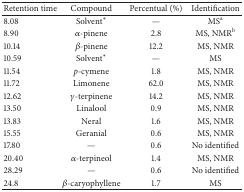
| Retention time | Compound | Percentual (%) | Identification |
 | --- | --- | --- | --- |
 | 8.08 | Solvent* | — | MSa |
 | 8.90 | α-pinene | 2.8 | MS, NMRb |
 | 10.14 | β-pinene | 12.2 | MS, NMR |
 | 10.59 | Solvent* | — | MS |
 | 11.54 | p-cymene | 1.8 | MS, NMR |
 | 11.72 | Limonene | 62.0 | MS, NMR |
 | 12.62 | γ-terpinene | 14.2 | MS, NMR |
 | 13.50 | Linalool | 0.9 | MS, NMR |
 | 13.83 | Neral | 1.6 | MS, NMR |
 | 15.55 | Geranial | 0.6 | MS, NMR |
 | 17.80 | — | 0.6 | No identified |
 | 20.40 | α-terpineol | 1.4 | MS, NMR |
 | 28.29 | — | 0.6 | No identified |
 | 24.8 | β-caryophyllene | 1.7 | MS |